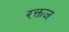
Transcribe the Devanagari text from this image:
रक्तज